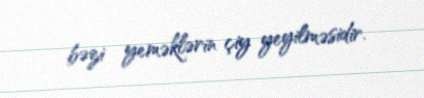
bəzi yeməklərin çiy yeyilməsidir.